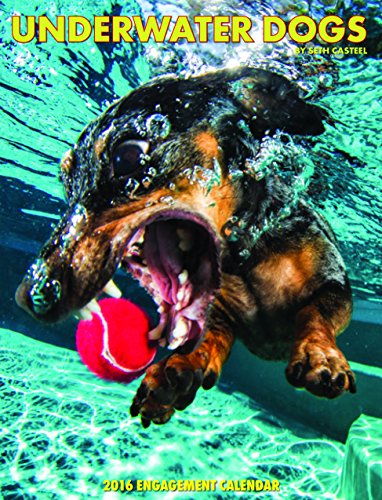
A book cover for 2016 Underwater Dogs Engagement Calendar; Seth Casteel; Calendars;